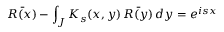
\bar { R ( x ) } - \int _ { J } K _ { s } ( x , y ) \, \bar { R ( y ) } \, d y = e ^ { i s x }